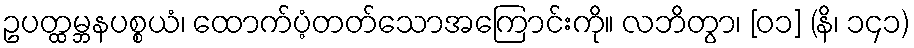
ဥပတ္ထမ္ဘနပစ္စယံ၊ ထောက်ပံ့တတ်သောအကြောင်းကို။ လဘိတွာ၊ [၀၁] (နိ၊ ၁၄၁)